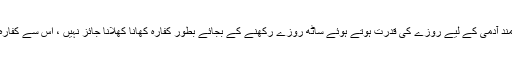
جوان صحت مند آدمی کے لیے روزے کی قدرت ہوتے ہوئے ساٹھ روزے رکھنے کے بجائے بطورِ کفارہ کھانا کھلانا جائز نہیں ، اس سے کفارہ ادا نہیں ہوگا۔